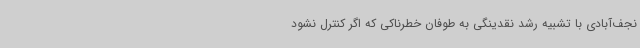
نجف‌آبادی با تشبیه رشد نقدینگی به طوفان خطرناکی که اگر کنترل نشود